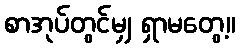
စာအုပ်တွင်မျှ ရှာမတွေ့။